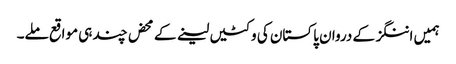
ہمیں اننگز کے دروان پاکستان کی وکٹیں لینے کے محض چند ہی مواقع ملے۔